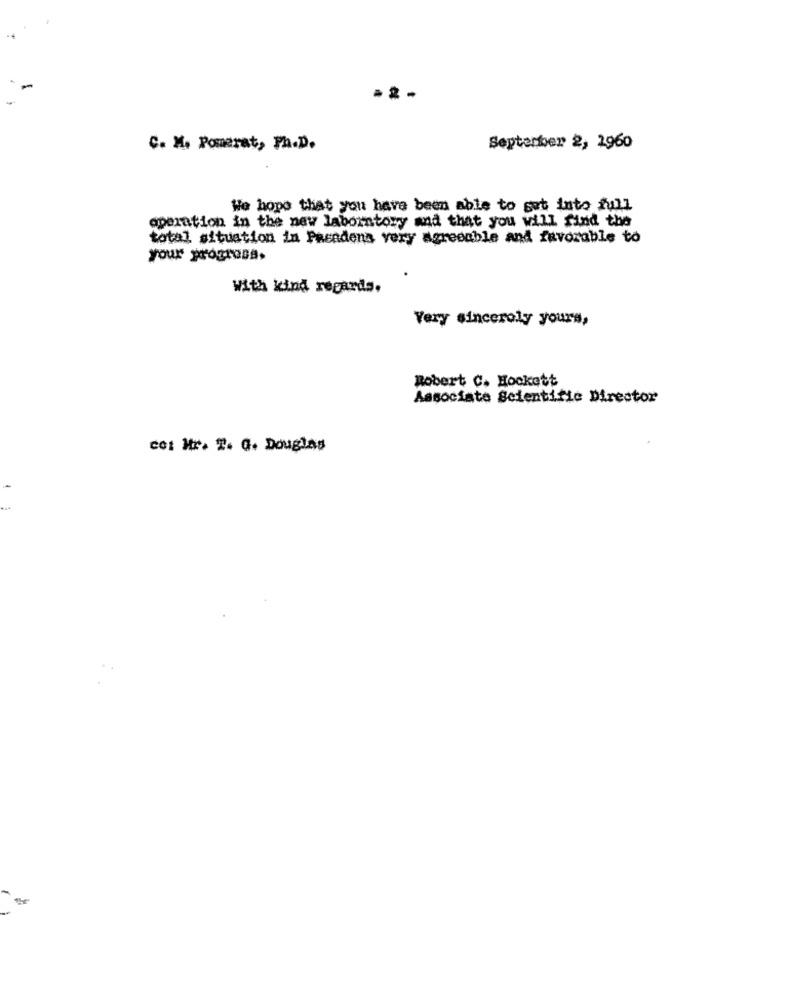
C. M. Pomerat, Ph.D.
September 2, 1960
We hope that you have been able to get into full
operation in the new laboratory and that you will find the
total situation in Prendena very agreeable and favorable to
your progress.
.
With kind regards.
Very sincerely yours,
Robert C. Hockett
Associate Scientific Director
co: Mr. 2. G. Douglas
-